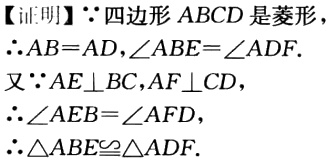
【证明】\(\because\)四边形\(ABCD\)是菱形
\(\therefore AB = AD,\angle ABE=\angle ADF\).
又\(\because AE\perp BC,AF\perp CD\)，
\(\therefore\angle AEB=\angle AFD\)，
\(\therefore\triangle ABE\cong\triangle ADF\).